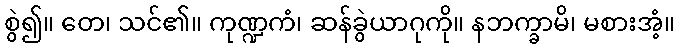
စွဲ၍။ တေ၊ သင်၏။ ကုဏ္ဍကံ၊ ဆန်ခွဲယာဂုကို။ နဘက္ခာမိ၊ မစားအံ့။